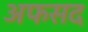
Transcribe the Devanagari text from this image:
अफसद